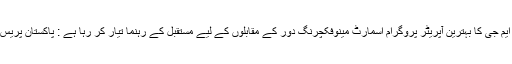
ایکس سی ایم جی کا بہترین آپریٹر پروگرام اسمارٹ مینوفکچرنگ دور کے مقابلوں کے لیے مستقبل کے رہنما تیار کر رہا ہے : پاکستان پریس انٹرنیشنل